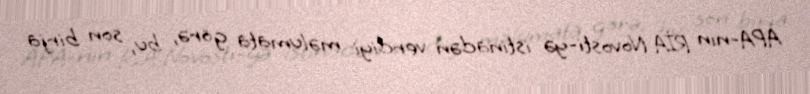
APA-nın RİA Novosti-yə istinadən verdiyi məlumata görə, bu, son birja